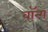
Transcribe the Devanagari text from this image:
वॉन्ग